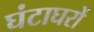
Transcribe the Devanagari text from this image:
घंटाघरों